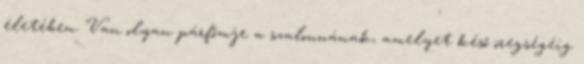
életében. Van olyan párfőmje a szalonnának, amelyet késő öregségéig